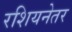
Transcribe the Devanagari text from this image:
रशियनेतर